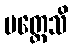
ပတ္ထေသိ